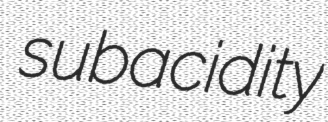
subacidity